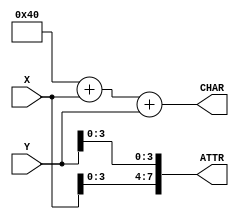
`timescale 1ns / 1ps
module char_mem(
    input [7:0] X,
    input [7:0] Y,
    output [7:0] CHAR,
    output [7:0] ATTR
    );

//reg [7:0] text_mem[2400:0]; // 640 wide = 80 characters; 480 tall = 30 rows
//reg [7:0] attr_mem[2400:0];

assign CHAR = 64 + X + Y;
assign ATTR = { X[3:0], Y[3:0] };

endmodule